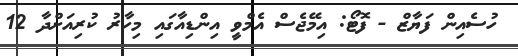
ހުސެއިން ފަޔާޒް - ފޮޓޯ: އިމޭޖެސް އެމްވީ އިންޑިއާގައި މިހާރު ކުރިއަށްދާ 12